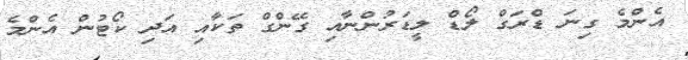
އެންމެ ގިނަ ޑްރަގް ލޯޑް ލީޑަރުންނާއި ގޭންގް ތަކާއި އަދި ކޯޓުން އެންމެ